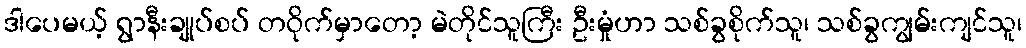
ဒါပေမယ့် ရွာနီးချုပ်စပ် တဝိုက်မှာတော့ မဲတိုင်သူကြီး ဦးမှုံဟာ သစ်ခွစိုက်သူ၊ သစ်ခွကျွမ်းကျင်သူ၊